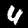
Label: 4